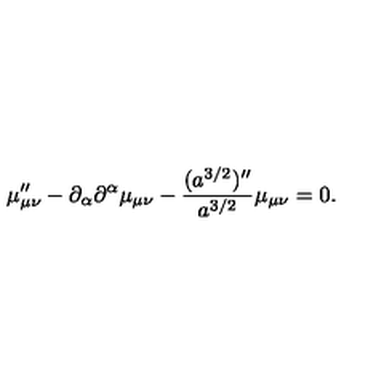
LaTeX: \mu _ { \mu \nu } ^ { \prime \prime } - \partial _ { \alpha } \partial ^ { \alpha } \mu _ { \mu \nu } - \frac { ( a ^ { 3 / 2 } ) ^ { \prime \prime } } { a ^ { 3 / 2 } } \mu _ { \mu \nu } = 0 .